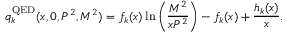
q _ { k } ^ { \mathrm { Q E D } } ( x , 0 , P ^ { 2 } , M ^ { 2 } ) = f _ { k } ( x ) \ln \left( \frac { M ^ { 2 } } { x P ^ { 2 } } \right) - f _ { k } ( x ) + \frac { h _ { k } ( x ) } { x } .